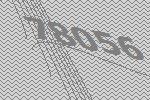
78056